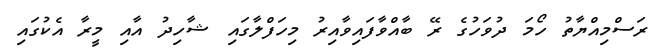
ރަސްމިއްޔާތު ހޯމަ ދުވަހުގެ ރޭ ބާއްވާފައިވާއިރު މިހަފްލާގައި ޝާހިދު އާއި މީރާ އެކުގައި